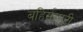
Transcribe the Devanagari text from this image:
बहिर्सम्पुटी